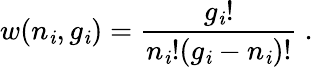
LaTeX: w(n_{\mathit{i}},g_{\mathit{i}})={\frac{{g_{\mathit{i}}!}}{{n_{\mathit{i}}!(g_{\mathit{i}}-n_{\mathit{i}})!}}}\ .